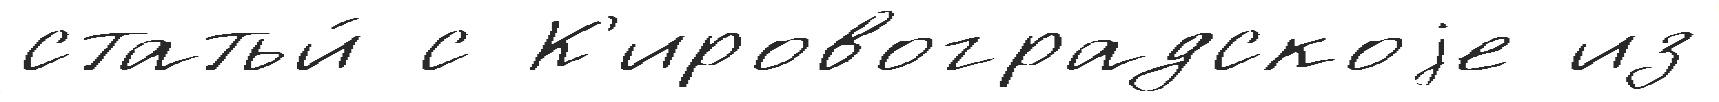
статьи́ с К'ировоградскоjе из